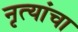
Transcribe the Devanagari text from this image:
नृत्यांचा